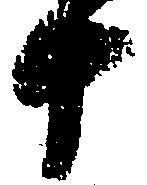
十